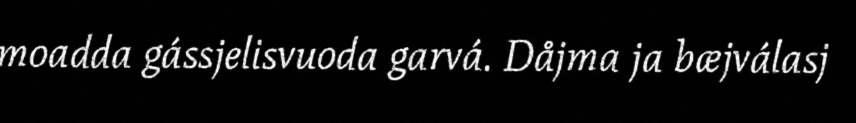
moadda gássjelisvuoda garvá. Dåjma ja bæjválasj